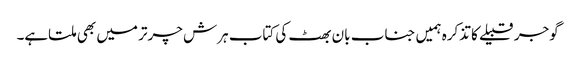
گوجر قبیلے کا تذکرہ ہمیں جناب بان بھٹ کی کتاب ہرش چرتر میں بھی ملتاہے۔